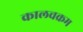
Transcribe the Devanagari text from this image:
कालचक्रम